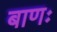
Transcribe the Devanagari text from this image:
बाणः